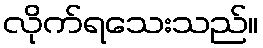
လိုက်ရသေးသည်။